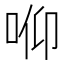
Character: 𱒟